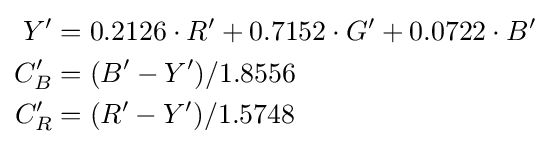
{\begin{aligned}Y'&=0.2126\cdot R'+0.7152\cdot G'+0.0722\cdot B'\\C_{B}'&=(B'-Y')/1.8556\\C_{R}'&=(R'-Y')/1.5748\\\end{aligned}}